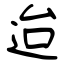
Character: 迨